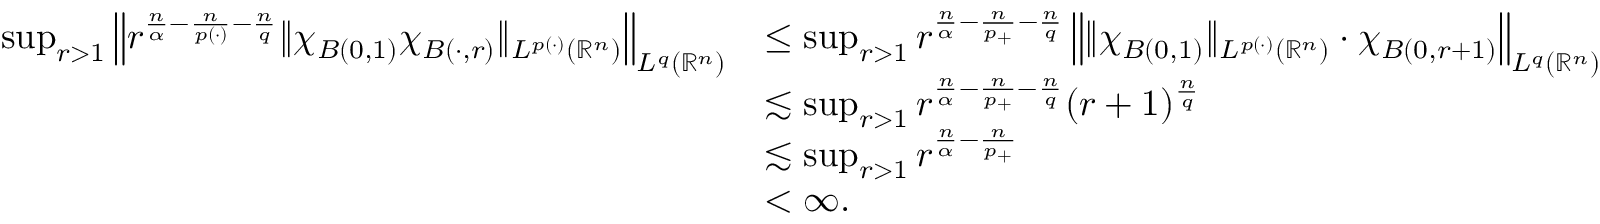
\begin{array} { r l } { \quad \operatorname* { s u p } _ { r > 1 } \left\| r ^ { \frac { n } { \alpha } - \frac { n } { p ( \cdot ) } - \frac { n } { q } } \| \chi _ { B ( 0 , 1 ) } \chi _ { B ( \cdot , r ) } \| _ { L ^ { p ( \cdot ) } ( \mathbb { R } ^ { n } ) } \right\| _ { L ^ { q } ( \mathbb { R } ^ { n } ) } } & { \le \operatorname* { s u p } _ { r > 1 } r ^ { \frac { n } { \alpha } - \frac { n } { p _ { + } } - \frac { n } { q } } \left\| \| \chi _ { B ( 0 , 1 ) } \| _ { L ^ { p ( \cdot ) } ( \mathbb { R } ^ { n } ) } \cdot \chi _ { B ( 0 , r + 1 ) } \right\| _ { L ^ { q } ( \mathbb { R } ^ { n } ) } } \\ & { \lesssim \operatorname* { s u p } _ { r > 1 } r ^ { \frac { n } { \alpha } - \frac { n } { p _ { + } } - \frac { n } { q } } ( r + 1 ) ^ { \frac { n } { q } } } \\ & { \lesssim \operatorname* { s u p } _ { r > 1 } r ^ { \frac { n } { \alpha } - \frac { n } { p _ { + } } } } \\ & { < \infty . } \end{array}